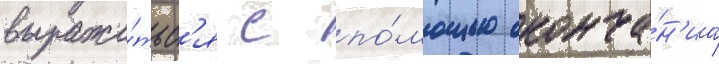
выража́тьс'я с по́мощью оконча́н'иа